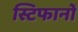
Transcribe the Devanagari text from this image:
स्टिफानों